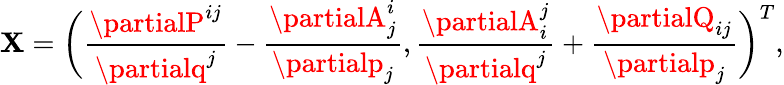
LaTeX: \mathbf{X}=\bigg(\frac{{\partialP^{ij}}}{{\partialq^{j}}}-\frac{{\partialA_{j}^{i}}}{{\partialp_{j}}},\frac{{\partialA_{i}^{j}}}{{\partialq^{j}}}+\frac{{\partialQ_{ij}}}{{\partialp_{j}}}\bigg)^{T},